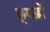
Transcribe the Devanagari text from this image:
छ्कड़ों